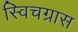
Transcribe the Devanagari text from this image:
स्विचग्रास